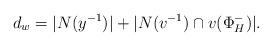
LaTeX: \begin{align*}d_w = |N(y^{-1})| + | N(v^{-1}) \cap v( \Phi_H^-) |.\end{align*}